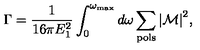
\Gamma = { \frac { 1 } { 1 6 \pi E _ { 1 } ^ { 2 } } } \int _ { 0 } ^ { \omega _ { \mathrm { m a x } } } d \omega \sum _ { \mathrm { p o l s } } { \vert { \cal M } \vert } ^ { 2 } ,